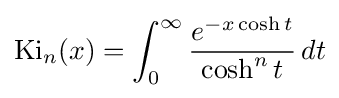
\operatorname {Ki} _{n}(x)=\int _{0}^{\infty }{\frac {e^{-x\cosh t}}{\cosh ^{n}t}}\,dt